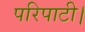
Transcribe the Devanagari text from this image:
परिपाटी।